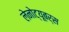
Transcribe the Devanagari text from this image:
लेनोट्यूबर्स